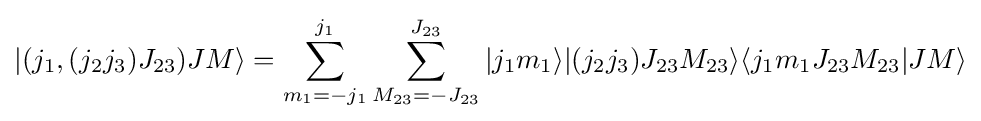
|(j_{1},(j_{2}j_{3})J_{23})JM\rangle =\sum _{m_{1}=-j_{1}}^{j_{1}}\sum _{M_{23}=-J_{23}}^{J_{23}}|j_{1}m_{1}\rangle |(j_{2}j_{3})J_{23}M_{23}\rangle \langle j_{1}m_{1}J_{23}M_{23}|JM\rangle